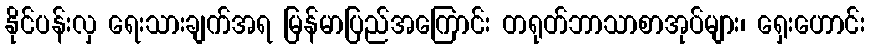
နိုင်ပန်းလှ ရေးသားချက်အရ မြန်မာပြည်အကြောင်း တရုတ်ဘာသာစာအုပ်များ၊ ရှေးဟောင်း